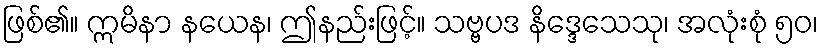
ဖြစ်၏။ ဣမိနာ နယေန၊ ဤနည်းဖြင့်။ သဗ္ဗပဒ နိဒ္ဒေသေသု၊ အလုံးစုံ ၅၀၊